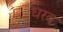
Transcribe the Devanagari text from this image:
धरब